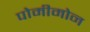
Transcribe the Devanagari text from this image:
पोमीमोन